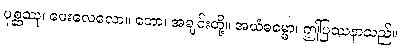
ပုစ္ဆဿု၊ မေးလေလော။ ဘော၊ အချင်းတို့။ အယံဓမ္မော၊ ဤပြဿနာသည်။